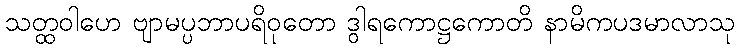
သတ္ထဝါဟေ ဗျာမပ္ပဘာပရိဝုတော ဒွါရကောဋ္ဌကောတိ နာမိကပဒမာလာသု